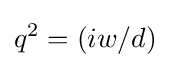
q^{2}=(iw/d)